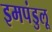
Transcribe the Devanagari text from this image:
इमपंडुलू